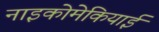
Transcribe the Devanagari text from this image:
नाइकोमेकियाई